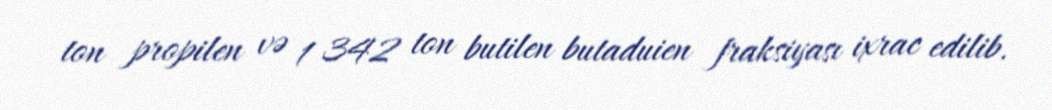
ton propilen və 1 342 ton butilen butaduien fraksiyası ixrac edilib.